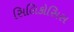
સિલિકોસિસ